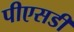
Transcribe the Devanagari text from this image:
पीएसडी